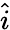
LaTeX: \hat{i}